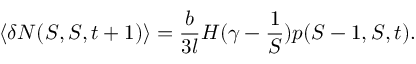
\langle \delta N ( S , S , t + 1 ) \rangle = \frac { b } { 3 l } H ( \gamma - \frac { 1 } { S } ) p ( S - 1 , S , t ) .